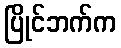
ပြိုင်ဘက်က